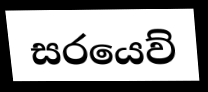
සරයෙව්